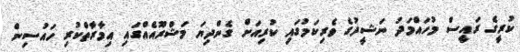
ކުރީގެ ރައީސް މުހައްމަދު ނަޝީދުގެ ވެރިކަމުގައި ކުރިއަށް ގެންދިޔަ މަޝްރޫއެއްގައި އިމާރާތްކުރި ހައުސިން